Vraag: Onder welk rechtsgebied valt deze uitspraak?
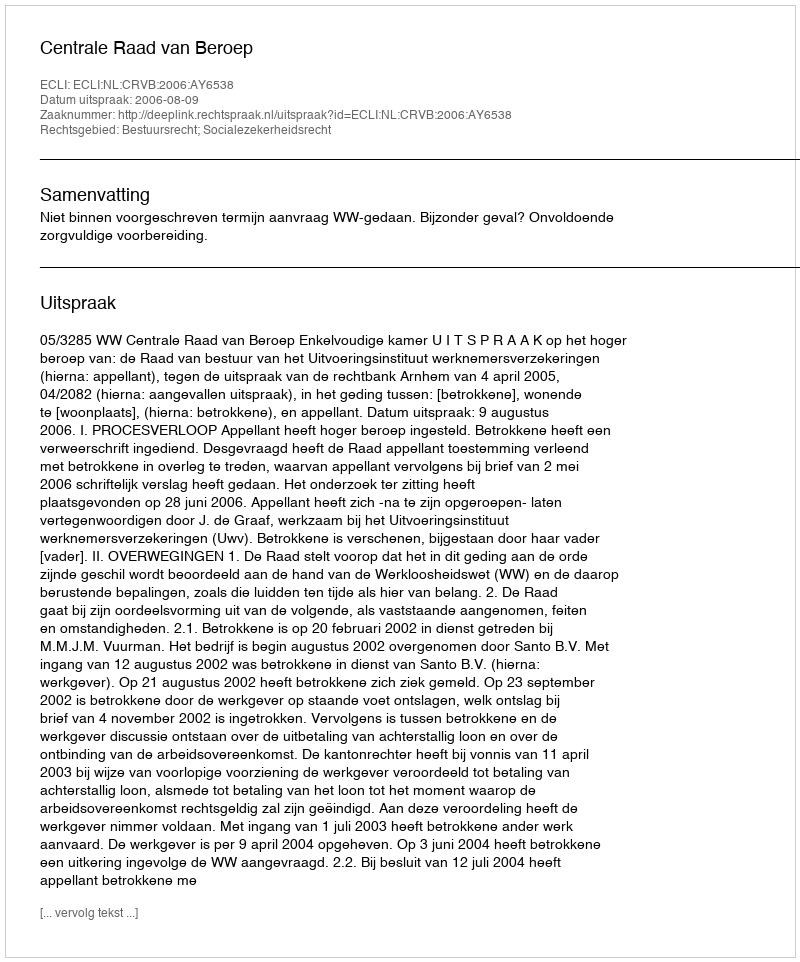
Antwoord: Bestuursrecht; Socialezekerheidsrecht